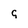
Character: q